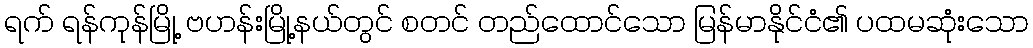
ရက် ရန်ကုန်မြို့ ဗဟန်းမြို့နယ်တွင် စတင် တည်ထောင်သော မြန်မာနိုင်ငံ၏ ပထမဆုံးသော